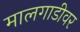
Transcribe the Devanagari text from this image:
मालगाडीवर